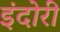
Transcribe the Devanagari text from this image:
इंदोरी